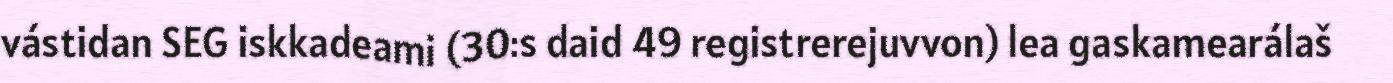
vástidan SEG iskkadeami (30:s daid 49 registrerejuvvon) lea gaskamearálaš